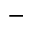
^ -